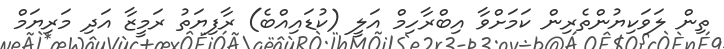
ތިން ލަވަކިޔުންތެރިން ކަމަށްވާ އިބްރާހިމް އަލީ (ކުޑައިއްބެ) ރާފިޔަތު ރަމީޒާ އަދި މަރިޔަމް